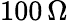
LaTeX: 100\, \Omega